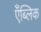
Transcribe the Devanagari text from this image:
एँब्लिक